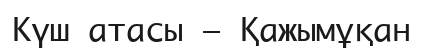
Күш атасы — Қажымұқан